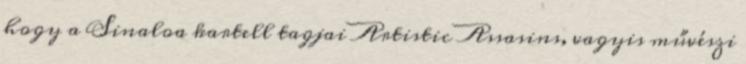
hogy a Sinaloa kartell tagjai Artistic Assasins, vagyis művészi